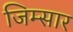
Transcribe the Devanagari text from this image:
जिम्सार